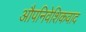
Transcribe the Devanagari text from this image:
औपनिवेशिकवाद